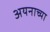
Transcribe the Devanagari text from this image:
अयनाच्या